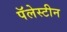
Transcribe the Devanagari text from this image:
पॅलेस्टीन